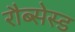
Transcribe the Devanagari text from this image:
रौब्सेस्ड